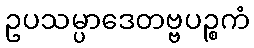
ဥပသမ္ပာဒေတဗ္ဗပဉ္စကံ